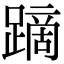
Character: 蹢